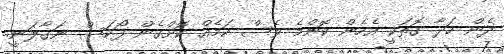
ދެން ހަދާ ގޮތަކީ އެހެން ކޮންމެ ވެސް ކަމެއް ކޮށްގެން ފޯކަސް ނަގާލަނީ.